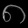
Digit: ၈